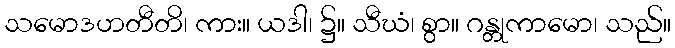
သမောဒဟတီတိ၊ ကား။ ယဒါ၊ ၌။ သီဃံ၊ စွာ။ ဂန္တုကာမော၊ သည်။